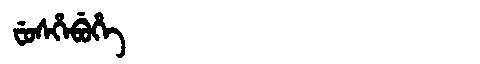
Manchu: ᠸᡠᠰᡥᡝᠪᡠᡥᡝ
Romanization: FUSHEBUHE